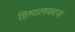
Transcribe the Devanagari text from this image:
हिमालयस्य